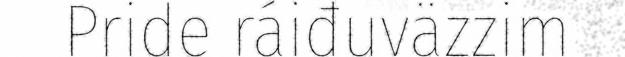
Pride ráiđuväzzim